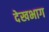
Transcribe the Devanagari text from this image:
देखभाग